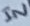
Text: IN